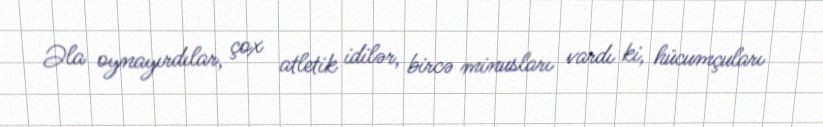
Əla oynayırdılar, çox atletik idilər, bircə minusları vardı ki, hücumçuları